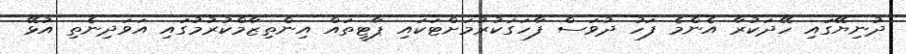
ދުނިޔޭގައި ހޭދަކުރާ އެންމެ ފަހު ދުވަސް ފާހަގަކުރުމަށްޓަކައި ޕާޓީތައް އިންތިޒާމްކުރުމުގައި އަވަދިނެތި އުޅޭ